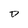
Character: D